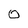
Character: O